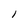
Character: I